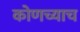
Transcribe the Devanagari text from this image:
कोणच्याच